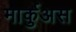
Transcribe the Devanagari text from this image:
मार्कुअस